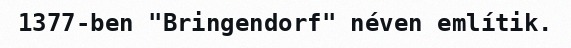
1377-ben "Bringendorf" néven említik.